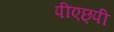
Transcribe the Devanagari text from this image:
पीएछ्पी